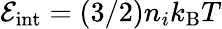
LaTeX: \mathcal{E}_{\mathrm{int}}=(3/2)n_{i}k_{\mathrm{B}}T